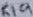
Text: R19